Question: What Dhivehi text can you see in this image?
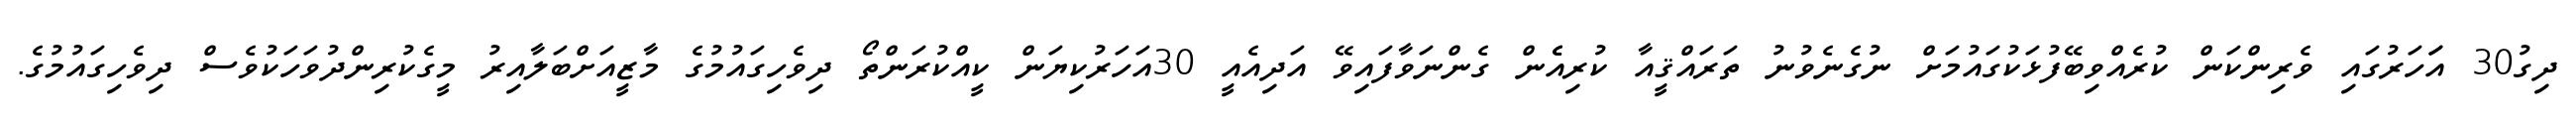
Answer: ދިގު30 އަަހަރުގައި ވެރިންކަން ކުރެއްވިބޭފުޅަކުގައުމަށް ނުގެނެވުނު ތަރައްޤީއާ ކުރިއެެން ގެންނަވާފައިވޭ އަދިއެއީ 30އަހަރުކިޔަން ކީއްކުރަންތޯ ދިވެހިގައުމުގެ މާޒީއަށްބަލާއިރު މީގެކުރިންދުވަހަކުވެސް ދިވެހިގައުމުގެ.